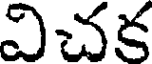
విచక